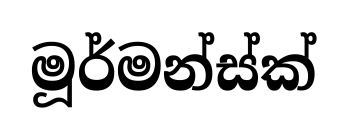
මූර්මන්ස්ක්